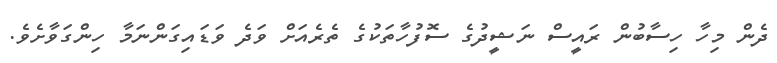
ދެން މިހާ ހިސާބުން ރައީސް ނަޝީދުގެ ސޮފުހާތަކުގެ ތެރެއަށް ވަދެ ވަޑައިގަންނަމާ ހިންގަވާށެވެ.